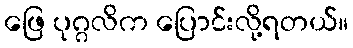
ဖြေ ပုဂ္ဂလိက ပြောင်းလို့ရတယ်။